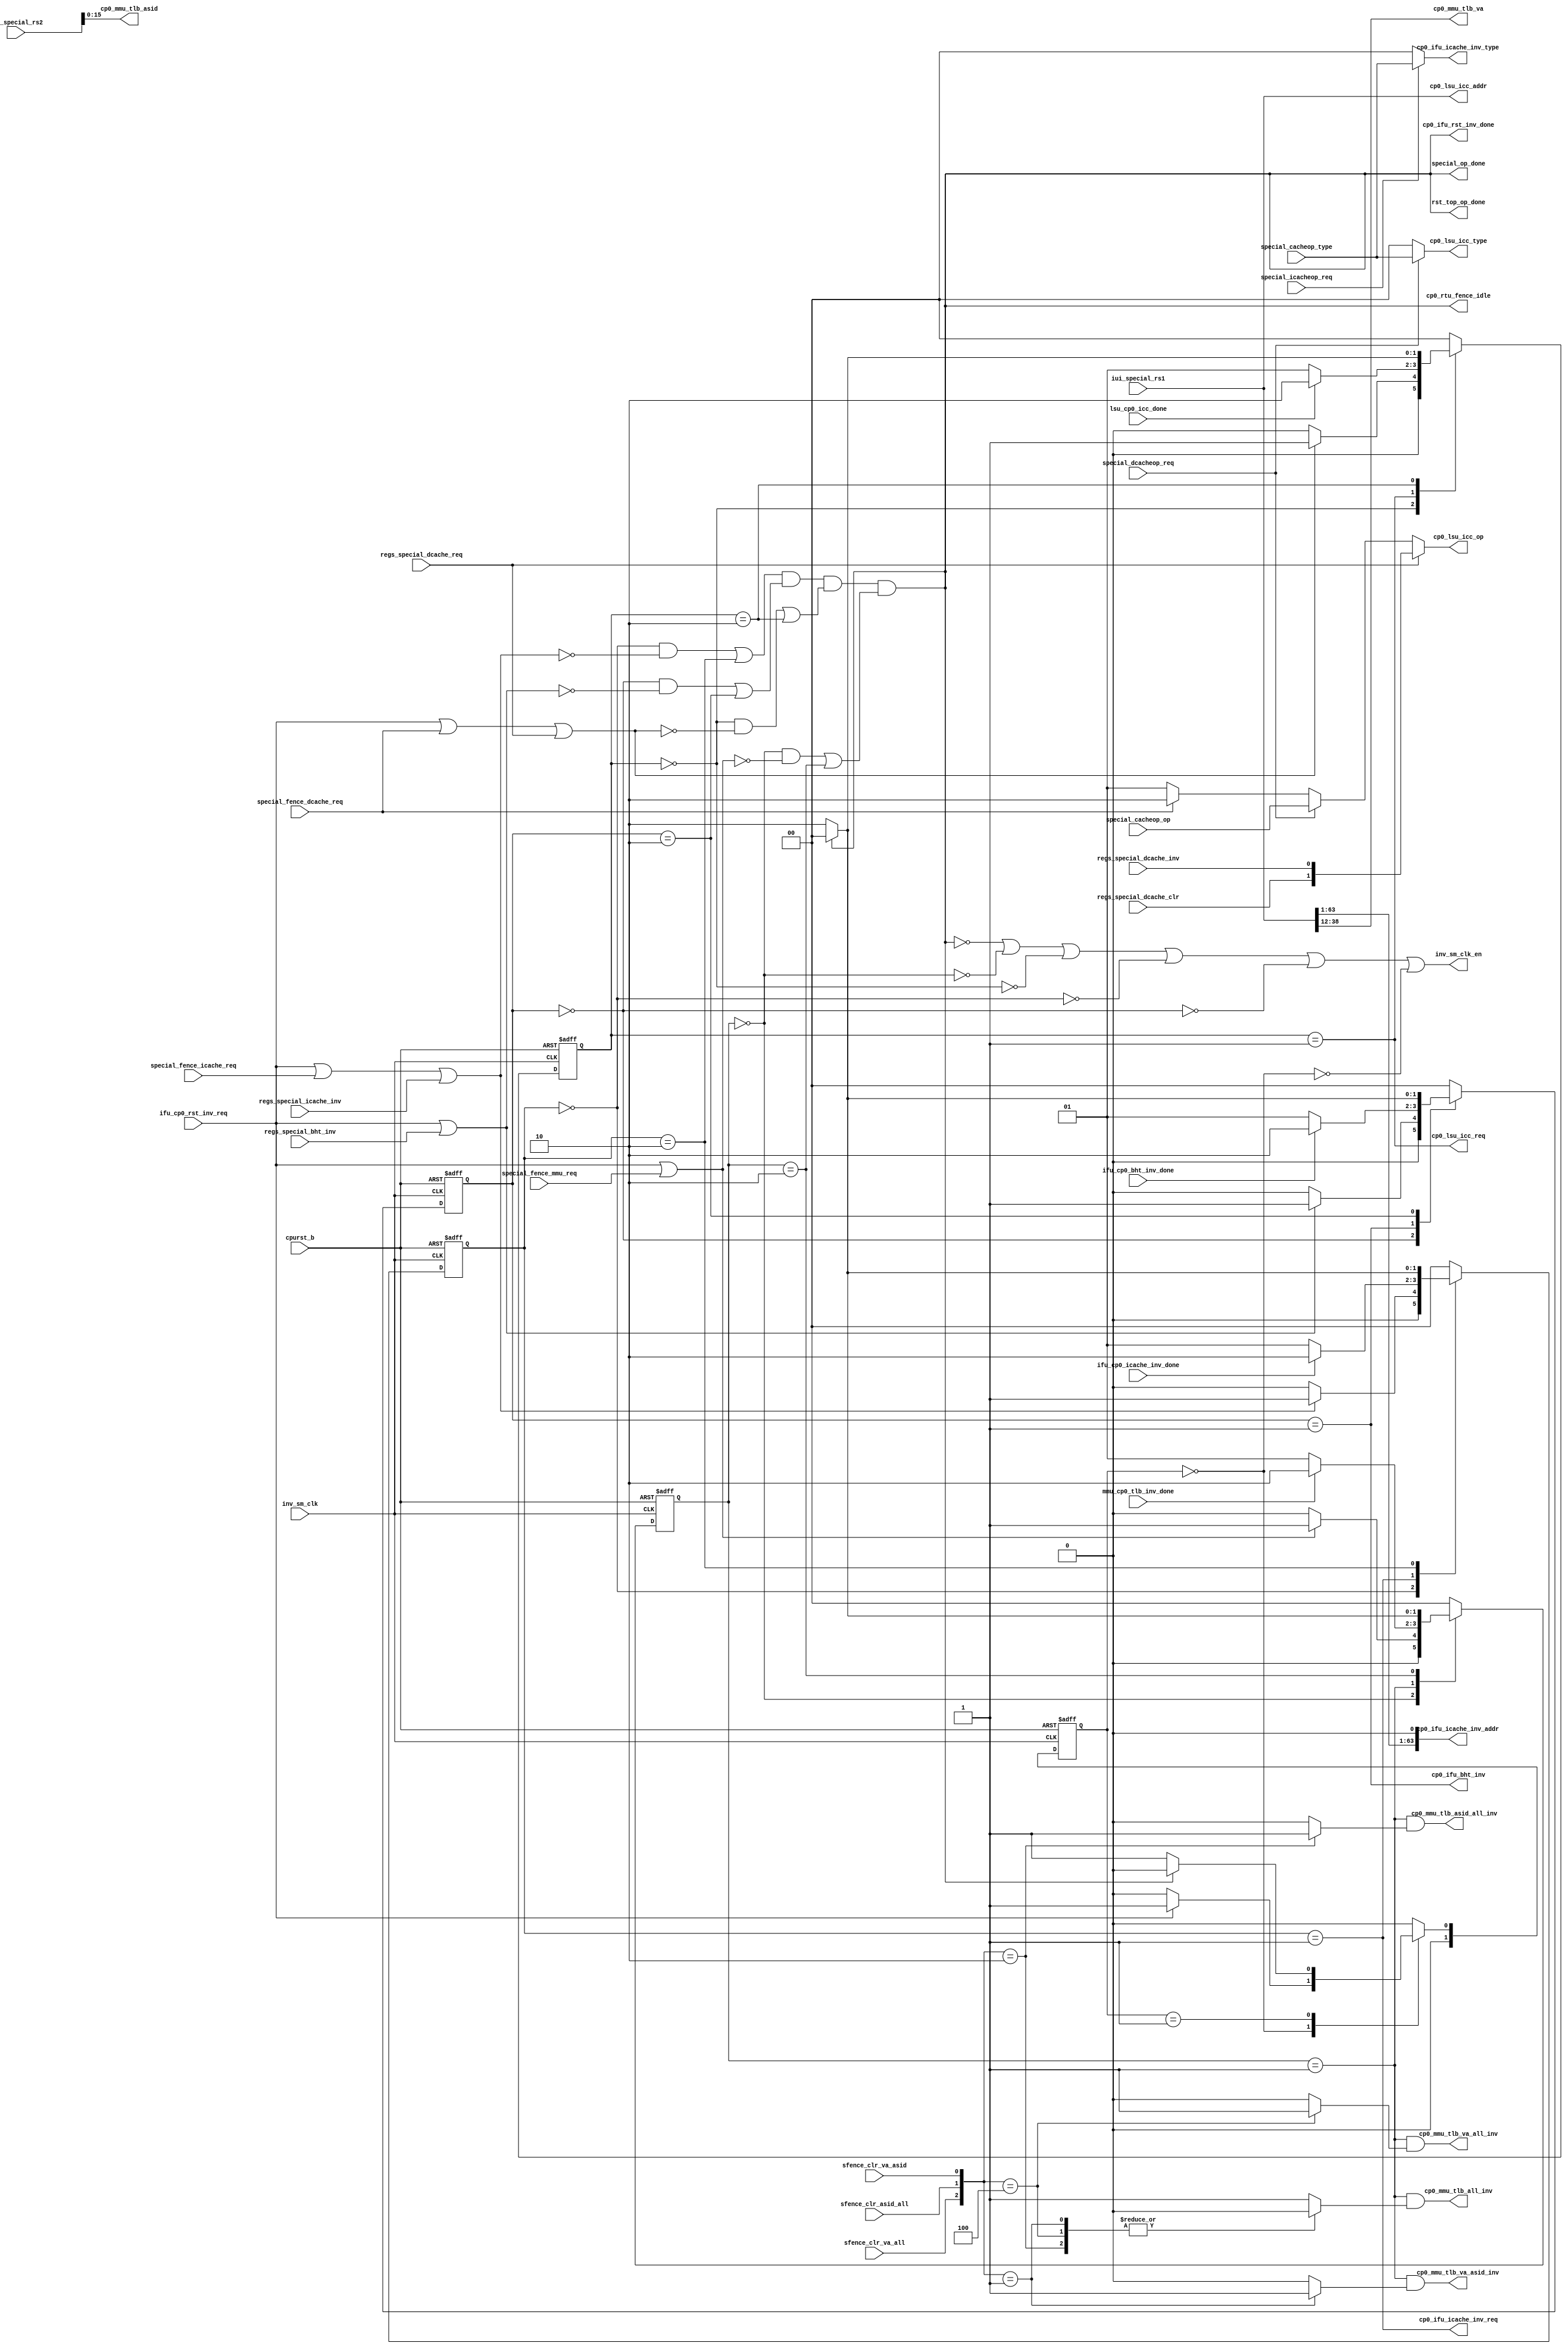
/*Copyright 2020-2021 T-Head Semiconductor Co., Ltd.

Licensed under the Apache License, Version 2.0 (the "License");
you may not use this file except in compliance with the License.
You may obtain a copy of the License at

    http://www.apache.org/licenses/LICENSE-2.0

Unless required by applicable law or agreed to in writing, software
distributed under the License is distributed on an "AS IS" BASIS,
WITHOUT WARRANTIES OR CONDITIONS OF ANY KIND, either express or implied.
See the License for the specific language governing permissions and
limitations under the License.
*/

// &ModuleBeg; @23
module aq_cp0_rst_ctrl(
  cp0_ifu_bht_inv,
  cp0_ifu_icache_inv_addr,
  cp0_ifu_icache_inv_req,
  cp0_ifu_icache_inv_type,
  cp0_ifu_rst_inv_done,
  cp0_lsu_icc_addr,
  cp0_lsu_icc_op,
  cp0_lsu_icc_req,
  cp0_lsu_icc_type,
  cp0_mmu_tlb_all_inv,
  cp0_mmu_tlb_asid,
  cp0_mmu_tlb_asid_all_inv,
  cp0_mmu_tlb_va,
  cp0_mmu_tlb_va_all_inv,
  cp0_mmu_tlb_va_asid_inv,
  cp0_rtu_fence_idle,
  cpurst_b,
  ifu_cp0_bht_inv_done,
  ifu_cp0_icache_inv_done,
  ifu_cp0_rst_inv_req,
  inv_sm_clk,
  inv_sm_clk_en,
  iui_special_rs1,
  iui_special_rs2,
  lsu_cp0_icc_done,
  mmu_cp0_tlb_inv_done,
  regs_special_bht_inv,
  regs_special_dcache_clr,
  regs_special_dcache_inv,
  regs_special_dcache_req,
  regs_special_icache_inv,
  rst_top_op_done,
  sfence_clr_asid_all,
  sfence_clr_va_all,
  sfence_clr_va_asid,
  special_cacheop_op,
  special_cacheop_type,
  special_dcacheop_req,
  special_fence_dcache_req,
  special_fence_icache_req,
  special_fence_mmu_req,
  special_icacheop_req,
  special_op_done
);


// &Ports; @25
input           cpurst_b;                
input           ifu_cp0_bht_inv_done;    
input           ifu_cp0_icache_inv_done; 
input           ifu_cp0_rst_inv_req;     
input           inv_sm_clk;              
input   [63:0]  iui_special_rs1;         
input   [63:0]  iui_special_rs2;         
input           lsu_cp0_icc_done;        
input           mmu_cp0_tlb_inv_done;    
input           regs_special_bht_inv;    
input           regs_special_dcache_clr; 
input           regs_special_dcache_inv; 
input           regs_special_dcache_req; 
input           regs_special_icache_inv; 
input           sfence_clr_asid_all;     
input           sfence_clr_va_all;       
input           sfence_clr_va_asid;      
input   [1 :0]  special_cacheop_op;      
input   [1 :0]  special_cacheop_type;    
input           special_dcacheop_req;    
input           special_fence_dcache_req; 
input           special_fence_icache_req; 
input           special_fence_mmu_req;   
input           special_icacheop_req;    
output          cp0_ifu_bht_inv;         
output  [63:0]  cp0_ifu_icache_inv_addr; 
output          cp0_ifu_icache_inv_req;  
output  [1 :0]  cp0_ifu_icache_inv_type; 
output          cp0_ifu_rst_inv_done;    
output  [63:0]  cp0_lsu_icc_addr;        
output  [1 :0]  cp0_lsu_icc_op;          
output          cp0_lsu_icc_req;         
output  [1 :0]  cp0_lsu_icc_type;        
output          cp0_mmu_tlb_all_inv;     
output  [15:0]  cp0_mmu_tlb_asid;        
output          cp0_mmu_tlb_asid_all_inv; 
output  [26:0]  cp0_mmu_tlb_va;          
output          cp0_mmu_tlb_va_all_inv;  
output          cp0_mmu_tlb_va_asid_inv; 
output          cp0_rtu_fence_idle;      
output          inv_sm_clk_en;           
output          rst_top_op_done;         
output          special_op_done;         

// &Regs; @26
reg     [1 :0]  bht_cur_state;           
reg     [1 :0]  bht_next_state;          
reg     [1 :0]  dcache_cur_state;        
reg     [1 :0]  dcache_next_state;       
reg     [1 :0]  dcache_op;               
reg     [1 :0]  icache_cur_state;        
reg     [1 :0]  icache_next_state;       
reg     [1 :0]  mmu_cur_state;           
reg     [1 :0]  mmu_next_state;          
reg             mmu_tlb_all_inv;         
reg             mmu_tlb_asid_all_inv;    
reg             mmu_tlb_va_all_inv;      
reg             mmu_tlb_va_asid_inv;     
reg     [1 :0]  rst_cache_inv;           
reg     [1 :0]  rst_cache_inv_nxt;       

// &Wires; @27
wire            bht_op_done;             
wire            bht_op_req;              
wire            bht_sm_done;             
wire            bht_sm_idle;             
wire            bht_sm_wfc;              
wire            cp0_ifu_bht_inv;         
wire    [63:0]  cp0_ifu_icache_inv_addr; 
wire            cp0_ifu_icache_inv_req;  
wire    [1 :0]  cp0_ifu_icache_inv_type; 
wire            cp0_ifu_rst_inv_done;    
wire    [63:0]  cp0_lsu_icc_addr;        
wire    [1 :0]  cp0_lsu_icc_op;          
wire            cp0_lsu_icc_req;         
wire    [1 :0]  cp0_lsu_icc_type;        
wire            cp0_mmu_tlb_all_inv;     
wire    [15:0]  cp0_mmu_tlb_asid;        
wire            cp0_mmu_tlb_asid_all_inv; 
wire    [26:0]  cp0_mmu_tlb_va;          
wire            cp0_mmu_tlb_va_all_inv;  
wire            cp0_mmu_tlb_va_asid_inv; 
wire            cp0_rtu_fence_idle;      
wire            cpurst_b;                
wire            dcache_op_done;          
wire            dcache_op_req;           
wire            dcache_sm_done;          
wire            dcache_sm_idle;          
wire            dcache_sm_wfc;           
wire    [1 :0]  dcache_type;             
wire            fence_dcache_req;        
wire            fence_icache_req;        
wire            fence_mmu_req;           
wire            icache_op_done;          
wire            icache_op_req;           
wire            icache_sm_done;          
wire            icache_sm_idle;          
wire            icache_sm_wfc;           
wire    [1 :0]  icache_type;             
wire            ifu_cp0_bht_inv_done;    
wire            ifu_cp0_icache_inv_done; 
wire            ifu_cp0_rst_inv_req;     
wire            inv_sm_clk;              
wire            inv_sm_clk_en;           
wire    [63:0]  iui_special_rs1;         
wire    [63:0]  iui_special_rs2;         
wire            lsu_cp0_icc_done;        
wire            mmu_cp0_tlb_inv_done;    
wire            mmu_op_done;             
wire            mmu_op_req;              
wire            mmu_sm_done;             
wire            mmu_sm_idle;             
wire            mmu_sm_wfc;              
wire            op_done;                 
wire            regs_special_bht_inv;    
wire            regs_special_dcache_clr; 
wire            regs_special_dcache_inv; 
wire            regs_special_dcache_req; 
wire            regs_special_icache_inv; 
wire            reset_req;               
wire            rst_inv_done;            
wire            rst_sm_idle;             
wire            rst_top_op_done;         
wire            sfence_clr_asid_all;     
wire            sfence_clr_va_all;       
wire            sfence_clr_va_asid;      
wire    [1 :0]  special_cacheop_op;      
wire    [1 :0]  special_cacheop_type;    
wire            special_dcacheop_req;    
wire            special_fence_dcache_req; 
wire            special_fence_icache_req; 
wire            special_fence_mmu_req;   
wire            special_icacheop_req;    
wire            special_op_done;         


parameter RST_IDLE = 2'b00;
parameter RST_WFC  = 2'b01;
parameter RST_DONE = 2'b10;

//==========================================================
//                       FSM of Reset
//==========================================================
always @(posedge inv_sm_clk or negedge cpurst_b)
begin
  if(!cpurst_b)
    rst_cache_inv[1:0] <= RST_IDLE;
  else
    rst_cache_inv[1:0] <= rst_cache_inv_nxt[1:0];
end

// &CombBeg; @44
always @( rst_cache_inv
       or rst_inv_done
       or ifu_cp0_rst_inv_req)
begin
case(rst_cache_inv)
  RST_IDLE:
  begin
    if(ifu_cp0_rst_inv_req)
      rst_cache_inv_nxt = RST_WFC;
    else
      rst_cache_inv_nxt = RST_IDLE;
  end
  RST_WFC:
  begin
    if(rst_inv_done)
      rst_cache_inv_nxt = RST_IDLE;
    else
      rst_cache_inv_nxt = RST_WFC;
  end
  default:
  begin
    rst_cache_inv_nxt = RST_IDLE;
  end
endcase
// &CombEnd; @65
end

assign rst_inv_done = op_done;
assign rst_sm_idle = rst_cache_inv == RST_IDLE;

//==========================================================
//                      Operation Ctrl
//==========================================================
//----------------------------------------------------------
//                     Operation Source
//----------------------------------------------------------
assign reset_req          = ifu_cp0_rst_inv_req;
assign fence_icache_req   = special_fence_icache_req;
assign fence_dcache_req   = special_fence_dcache_req;
assign fence_mmu_req      = special_fence_mmu_req;

//----------------------------------------------------------
//                    Opertion Generate
//----------------------------------------------------------
assign icache_op_req = reset_req
                    || fence_icache_req
                    || regs_special_icache_inv;
assign bht_op_req    = reset_req
                    || regs_special_bht_inv;
assign dcache_op_req = reset_req
                    || fence_dcache_req
                    || regs_special_dcache_req;
assign mmu_op_req    = reset_req
                    || fence_mmu_req;

//----------------------------------------------------------
//                      Operation Done
//----------------------------------------------------------
assign icache_op_done = icache_sm_idle && !icache_op_req
                     || icache_sm_done;
assign bht_op_done    = bht_sm_idle    && !bht_op_req
                     || bht_sm_done;
assign dcache_op_done = dcache_sm_idle && !dcache_op_req
                     || dcache_sm_done;
assign mmu_op_done    = mmu_sm_idle    && !mmu_op_req
                     || mmu_sm_done;

assign op_done = icache_op_done
              && bht_op_done
              && dcache_op_done
              && mmu_op_done;

//==========================================================
//                      FSM of ICACHE
//==========================================================
always @(posedge inv_sm_clk or negedge cpurst_b)
begin
  if(!cpurst_b)
    icache_cur_state[1:0] <= RST_IDLE;
  else
    icache_cur_state[1:0] <= icache_next_state[1:0];
end

// &CombBeg; @123
always @( icache_op_req
       or ifu_cp0_icache_inv_done
       or op_done
       or icache_cur_state)
begin
case(icache_cur_state)
  RST_IDLE:
  begin
    if(icache_op_req)
      icache_next_state = RST_WFC;
    else
      icache_next_state = RST_IDLE;
  end
  RST_WFC:
  begin
    if(ifu_cp0_icache_inv_done)
      icache_next_state = RST_DONE;
    else
      icache_next_state = RST_WFC;
  end
  RST_DONE:
  begin
    if (op_done)
      icache_next_state = RST_IDLE;
    else
      icache_next_state = RST_DONE;
  end
  default:
  begin
    icache_next_state = RST_IDLE;
  end
endcase
// &CombEnd; @151
end

assign icache_sm_idle = icache_cur_state == RST_IDLE;
assign icache_sm_wfc  = icache_cur_state == RST_WFC;
assign icache_sm_done = icache_cur_state == RST_DONE;

assign icache_type[1:0] = special_icacheop_req ? special_cacheop_type
                                               : 2'b0; // ALL

//==========================================================
//                        FSM of BHT
//==========================================================
always @(posedge inv_sm_clk or negedge cpurst_b)
begin
  if(!cpurst_b)
    bht_cur_state[1:0] <= RST_IDLE;
  else
    bht_cur_state[1:0] <= bht_next_state[1:0];
end

// &CombBeg; @171
always @( bht_op_req
       or ifu_cp0_bht_inv_done
       or op_done
       or bht_cur_state)
begin
case(bht_cur_state)
  RST_IDLE:
  begin
    if(bht_op_req)
      bht_next_state = RST_WFC;
    else
      bht_next_state = RST_IDLE;
  end
  RST_WFC:
  begin
    if(ifu_cp0_bht_inv_done)
      bht_next_state = RST_DONE;
    else
      bht_next_state = RST_WFC;
  end
  RST_DONE:
  begin
    if (op_done)
      bht_next_state = RST_IDLE;
    else
      bht_next_state = RST_DONE;
  end
  default:
  begin
    bht_next_state = RST_IDLE;
  end
endcase
// &CombEnd; @199
end

assign bht_sm_idle = bht_cur_state == RST_IDLE;
assign bht_sm_wfc  = bht_cur_state == RST_WFC;
assign bht_sm_done = bht_cur_state == RST_DONE;


//==========================================================
//                      FSM of DCACHE
//==========================================================
always @(posedge inv_sm_clk or negedge cpurst_b)
begin
  if(!cpurst_b)
    dcache_cur_state[1:0] <= RST_IDLE;
  else
    dcache_cur_state[1:0] <= dcache_next_state[1:0];
end

// &CombBeg; @217
always @( dcache_op_req
       or op_done
       or lsu_cp0_icc_done
       or dcache_cur_state)
begin
case(dcache_cur_state)
  RST_IDLE:
  begin
    if(dcache_op_req)
      dcache_next_state = RST_WFC;
    else
      dcache_next_state = RST_IDLE;
  end
  RST_WFC:
  begin
    if(lsu_cp0_icc_done)
      dcache_next_state = RST_DONE;
    else
      dcache_next_state = RST_WFC;
  end
  RST_DONE:
  begin
    if (op_done)
      dcache_next_state = RST_IDLE;
    else
      dcache_next_state = RST_DONE;
  end
  default:
  begin
    dcache_next_state = RST_IDLE;
  end
endcase
// &CombEnd; @245
end

assign dcache_sm_idle = dcache_cur_state == RST_IDLE;
assign dcache_sm_wfc  = dcache_cur_state == RST_WFC;
assign dcache_sm_done = dcache_cur_state == RST_DONE;

assign dcache_type[1:0] = special_dcacheop_req ? special_cacheop_type[1:0]
                                               : 2'b0; // ALL
// &CombBeg @253
always @( special_dcacheop_req
       or special_cacheop_op[1:0]
       or regs_special_dcache_clr
       or fence_dcache_req
       or regs_special_dcache_req
       or regs_special_dcache_inv)
begin
if (regs_special_dcache_req)
  dcache_op[1:0] = {regs_special_dcache_clr, regs_special_dcache_inv};
else if (special_dcacheop_req)
  dcache_op[1:0] = special_cacheop_op[1:0];
else if (fence_dcache_req)
  dcache_op[1:0] = 2'b10; // CLR
else
  dcache_op[1:0] = 2'b01; // INV
// &CombEnd; @262
end

//==========================================================
//                        FSM of MMU
//==========================================================
always @(posedge inv_sm_clk or negedge cpurst_b)
begin
  if(!cpurst_b)
    mmu_cur_state[1:0] <= RST_IDLE;
  else
    mmu_cur_state[1:0] <= mmu_next_state[1:0];
end

// &CombBeg; @275
always @( mmu_cp0_tlb_inv_done
       or mmu_op_req
       or op_done
       or mmu_cur_state)
begin
case(mmu_cur_state)
  RST_IDLE:
  begin
    if(mmu_op_req)
      mmu_next_state = RST_WFC;
    else
      mmu_next_state = RST_IDLE;
  end
  RST_WFC:
  begin
    if(mmu_cp0_tlb_inv_done)
      mmu_next_state = RST_DONE;
    else
      mmu_next_state = RST_WFC;
  end
  RST_DONE:
  begin
    if (op_done)
      mmu_next_state = RST_IDLE;
    else
      mmu_next_state = RST_DONE;
  end
  default:
  begin
    mmu_next_state = RST_IDLE;
  end
endcase
// &CombEnd; @303
end

assign mmu_sm_idle = mmu_cur_state == RST_IDLE;
assign mmu_sm_wfc  = mmu_cur_state == RST_WFC;
assign mmu_sm_done = mmu_cur_state == RST_DONE;

// &CombBeg; @309
always @( sfence_clr_asid_all
       or sfence_clr_va_all
       or sfence_clr_va_asid)
begin
case({sfence_clr_va_all, sfence_clr_asid_all, sfence_clr_va_asid})
  3'b100: begin
    mmu_tlb_all_inv      = 1'b0;
    mmu_tlb_asid_all_inv = 1'b0;
    mmu_tlb_va_all_inv   = 1'b1;
    mmu_tlb_va_asid_inv  = 1'b0;
  end
  3'b010: begin
    mmu_tlb_all_inv      = 1'b0;
    mmu_tlb_asid_all_inv = 1'b1;
    mmu_tlb_va_all_inv   = 1'b0;
    mmu_tlb_va_asid_inv  = 1'b0;
  end
  3'b001: begin
    mmu_tlb_all_inv      = 1'b0;
    mmu_tlb_asid_all_inv = 1'b0;
    mmu_tlb_va_all_inv   = 1'b0;
    mmu_tlb_va_asid_inv  = 1'b1;
  end
  default: begin
    mmu_tlb_all_inv      = 1'b1;
    mmu_tlb_asid_all_inv = 1'b0;
    mmu_tlb_va_all_inv   = 1'b0;
    mmu_tlb_va_asid_inv  = 1'b0;
  end
endcase
// &CombEnd; @336
end
//==========================================================
//                           ICG
//==========================================================
assign inv_sm_clk_en = !op_done
                    || !mmu_sm_idle
                    || !dcache_sm_idle
                    || !icache_sm_idle
                    || !bht_sm_idle
                    || !rst_sm_idle;

//==========================================================
//                          Output
//==========================================================
//----------------------------------------------------------
//                         For CP0
//----------------------------------------------------------
assign special_op_done = op_done;

//----------------------------------------------------------
//                         For IFU
//----------------------------------------------------------
assign cp0_ifu_bht_inv = bht_sm_wfc;

assign cp0_ifu_icache_inv_req        = icache_sm_wfc;
assign cp0_ifu_icache_inv_type[1:0]  = icache_type[1:0];
assign cp0_ifu_icache_inv_addr[63:0] = {iui_special_rs1[63:1], 1'b0};

assign cp0_ifu_rst_inv_done = rst_inv_done;

//----------------------------------------------------------
//                         For MMU
//----------------------------------------------------------
assign cp0_mmu_tlb_all_inv      = mmu_sm_wfc && mmu_tlb_all_inv;
assign cp0_mmu_tlb_asid_all_inv = mmu_sm_wfc && mmu_tlb_asid_all_inv;
assign cp0_mmu_tlb_va_all_inv   = mmu_sm_wfc && mmu_tlb_va_all_inv;
assign cp0_mmu_tlb_va_asid_inv  = mmu_sm_wfc && mmu_tlb_va_asid_inv;

// &Force("bus", "iui_special_rs1", 63, 0); @374
// &Force("bus", "iui_special_rs2", 63, 0); @375
assign cp0_mmu_tlb_va[26:0] = iui_special_rs1[38:12];
assign cp0_mmu_tlb_asid[15:0] = iui_special_rs2[15:0];

//----------------------------------------------------------
//                         For LSU
//----------------------------------------------------------
assign cp0_lsu_icc_req        = dcache_sm_wfc;
assign cp0_lsu_icc_type[1:0]  = dcache_type[1:0];
assign cp0_lsu_icc_op[1:0]    = dcache_op[1:0];
assign cp0_lsu_icc_addr[63:0] = iui_special_rs1[63:0];

//----------------------------------------------------------
//                         For RTU
//----------------------------------------------------------
assign cp0_rtu_fence_idle = op_done;

assign rst_top_op_done = op_done;

// &ModuleEnd; @394
endmodule